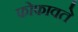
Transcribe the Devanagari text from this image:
फोफावते